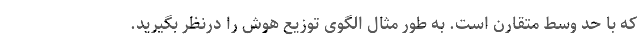
که با حد وسط متقارن است. به طور مثال الگوی توزیع هوش را درنظر بگیرید.